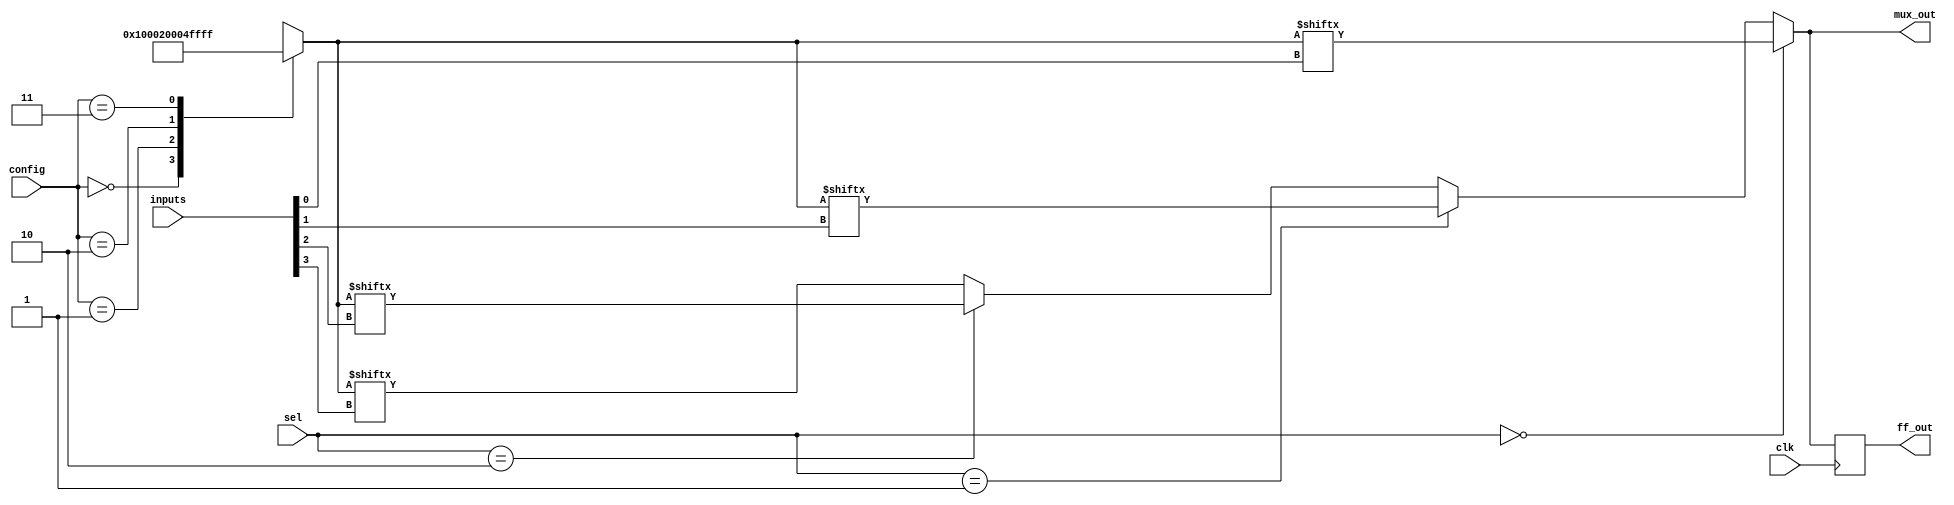
module CLB (
    input wire clk,               // Clock for flip-flops
    input wire [3:0] inputs,     // 4 input signals for the LUT
    input wire [1:0] sel,        // Selector for the multiplexer
    input wire [1:0] config,     // Configuration for the LUT (truth table)
    output wire mux_out,         // Output of the multiplexer
    output reg ff_out            // Output from the flip-flop
);

// Look-Up Table (LUT) implementation
reg [15:0] lut; // 4-input LUT can represent 16 truth table entries

always @(*) begin
    // Configure the LUT based on the configuration input
    case (config)
        2'b00: lut = 16'b0000000000000001; // Constant output 0
        2'b01: lut = 16'b0000000000000010; // Single input active
        2'b10: lut = 16'b0000000000000100; // Some custom logic function
        2'b11: lut = 16'b1111111111111111; // Constant output 1
        default: lut = 16'b0000000000000000; // Default case
    endcase
end

// MUX implementation
wire [3:0] mux_inputs; // Inputs for the multiplexer

assign mux_inputs = {lut[inputs[3]], lut[inputs[2]], lut[inputs[1]], lut[inputs[0]]};

// Select output based on sel input
assign mux_out = (sel == 2'b00) ? mux_inputs[0] :
                 (sel == 2'b01) ? mux_inputs[1] :
                 (sel == 2'b10) ? mux_inputs[2] :
                 mux_inputs[3]; // sel == 2'b11

// Flip-Flop to store the intermediate result
always @(posedge clk) begin
    ff_out <= mux_out; // Store the output of multiplexer
end

endmodule